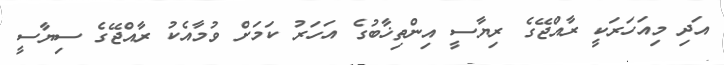
އަދި މިއަހަރަކީ ރާއްޖޭގެ ރިޔާސީ އިންތިޚާބުގެ އަހަރު ކަމަށް ވުމާއެކު ރާއްޖޭގެ ސިޔާސީ